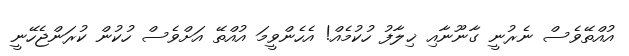
އުއްތޭވެސް ނެރުނީ ގާނޫނާއި ޚިލާފު ހުކުމެއް! އެހެންވީމަ އުއްތޭ އަށްވެސް ހުކުން ކުރަންޖެހޭނީ